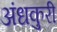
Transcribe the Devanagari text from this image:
अंधकुरी